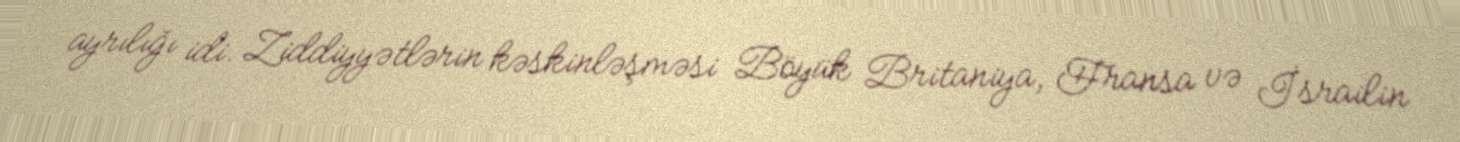
ayrılığı idi. Ziddiyyətlərin kəskinləşməsi Böyük Britaniya, Fransa və İsrailin